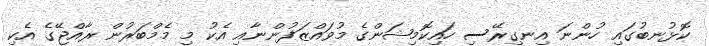
ކޮޅުނބުގައި ހުންނަ އިނގިރޭސި ހައިކޮމިޝަންގެ މުވައްޒަފުންނާއި އެކު މި މެމްބަރުން ރާއްޖޭގެ އެކި